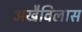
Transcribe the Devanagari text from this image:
अखैविलास